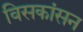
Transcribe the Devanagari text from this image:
विसकांसन